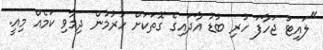
"ލައިޓު ޖަހާފަ ހުރި ބުޑު އާދައިގެ ގޮތަކަށް ހުރުމުން ދިމާވި ކަމެއް މިއީ.